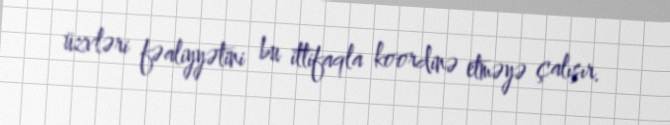
üzvləri fəaliyyətini bu ittifaqla koordinə etməyə çalışır.